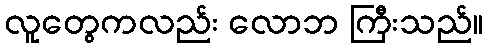
လူတွေကလည်း လောဘ ကြီးသည်။